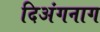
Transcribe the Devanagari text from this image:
दिअंगनाग